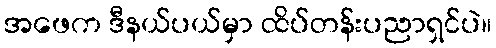
အဖေက ဒီနယ်ပယ်မှာ ထိပ်တန်းပညာရှင်ပဲ။